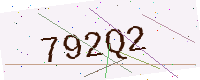
Text: 792Q2